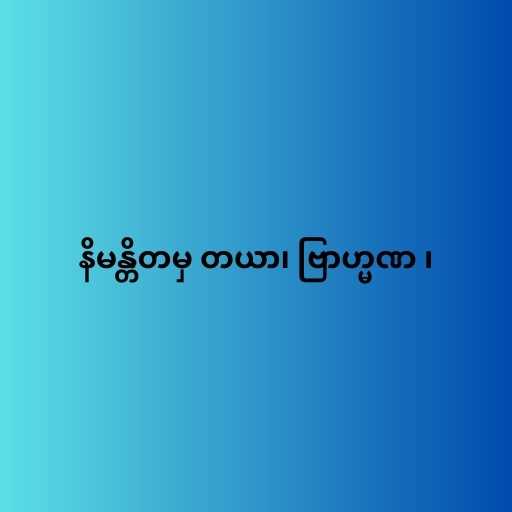
နိမန္တိတမှ တယာ၊ ဗြာဟ္မဏ ၊